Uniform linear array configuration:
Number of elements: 24
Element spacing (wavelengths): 0.25
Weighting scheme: kaiser
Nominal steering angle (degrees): -60
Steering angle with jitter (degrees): -59.658
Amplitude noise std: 0.05
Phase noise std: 0.05

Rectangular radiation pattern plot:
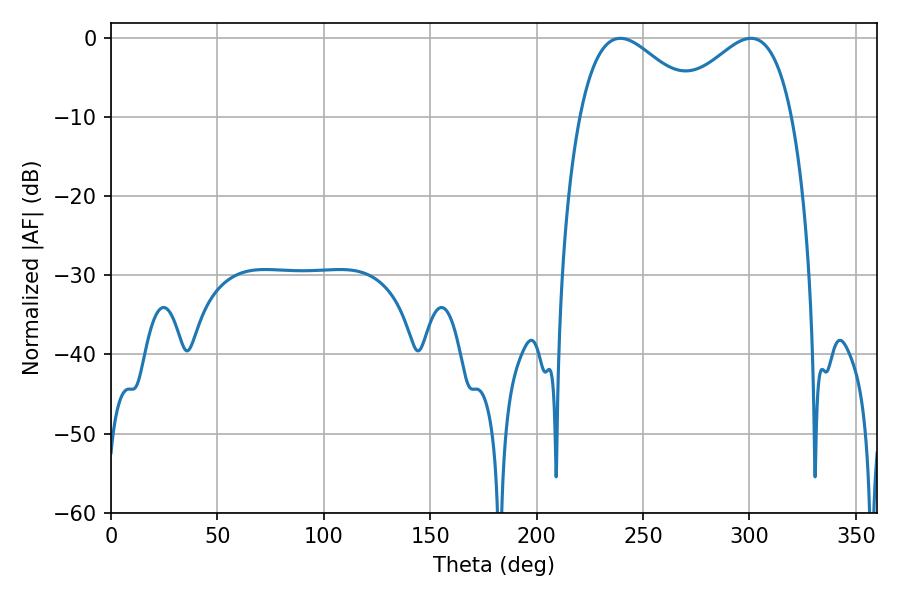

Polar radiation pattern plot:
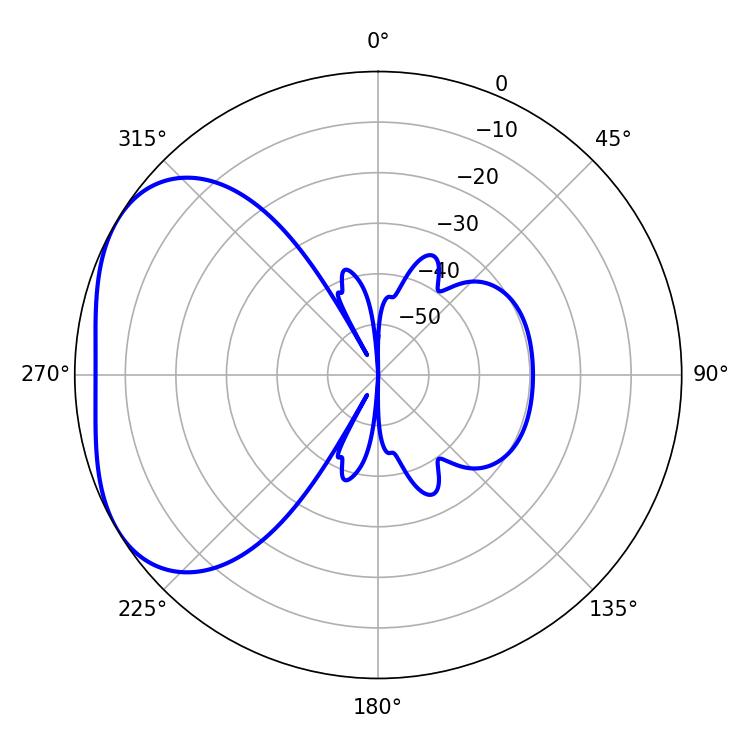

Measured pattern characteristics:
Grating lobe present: FALSE
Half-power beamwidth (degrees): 30.78
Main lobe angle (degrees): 300.6